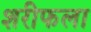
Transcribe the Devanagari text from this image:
शरीफला